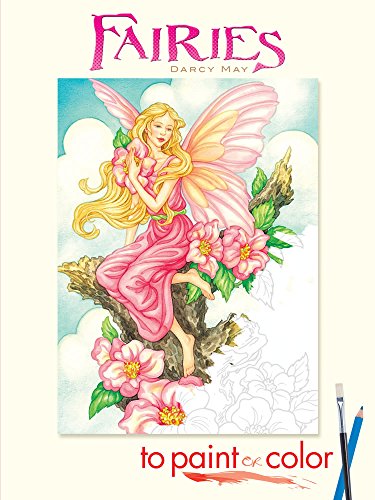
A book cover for Fairies to Paint or Color (Dover Art Coloring Book); Darcy May; Arts & Photography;